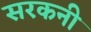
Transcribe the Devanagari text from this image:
सरकनी